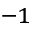
^ { - 1 }